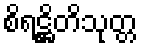
စိရဋ္ဌိတိသုတ္တ